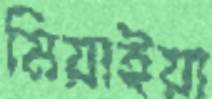
মিয়াইয়া